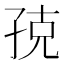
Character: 𭓃